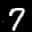
Label: 7